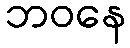
ဘဝနေ